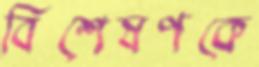
বিশেষণকে